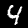
Label: 4